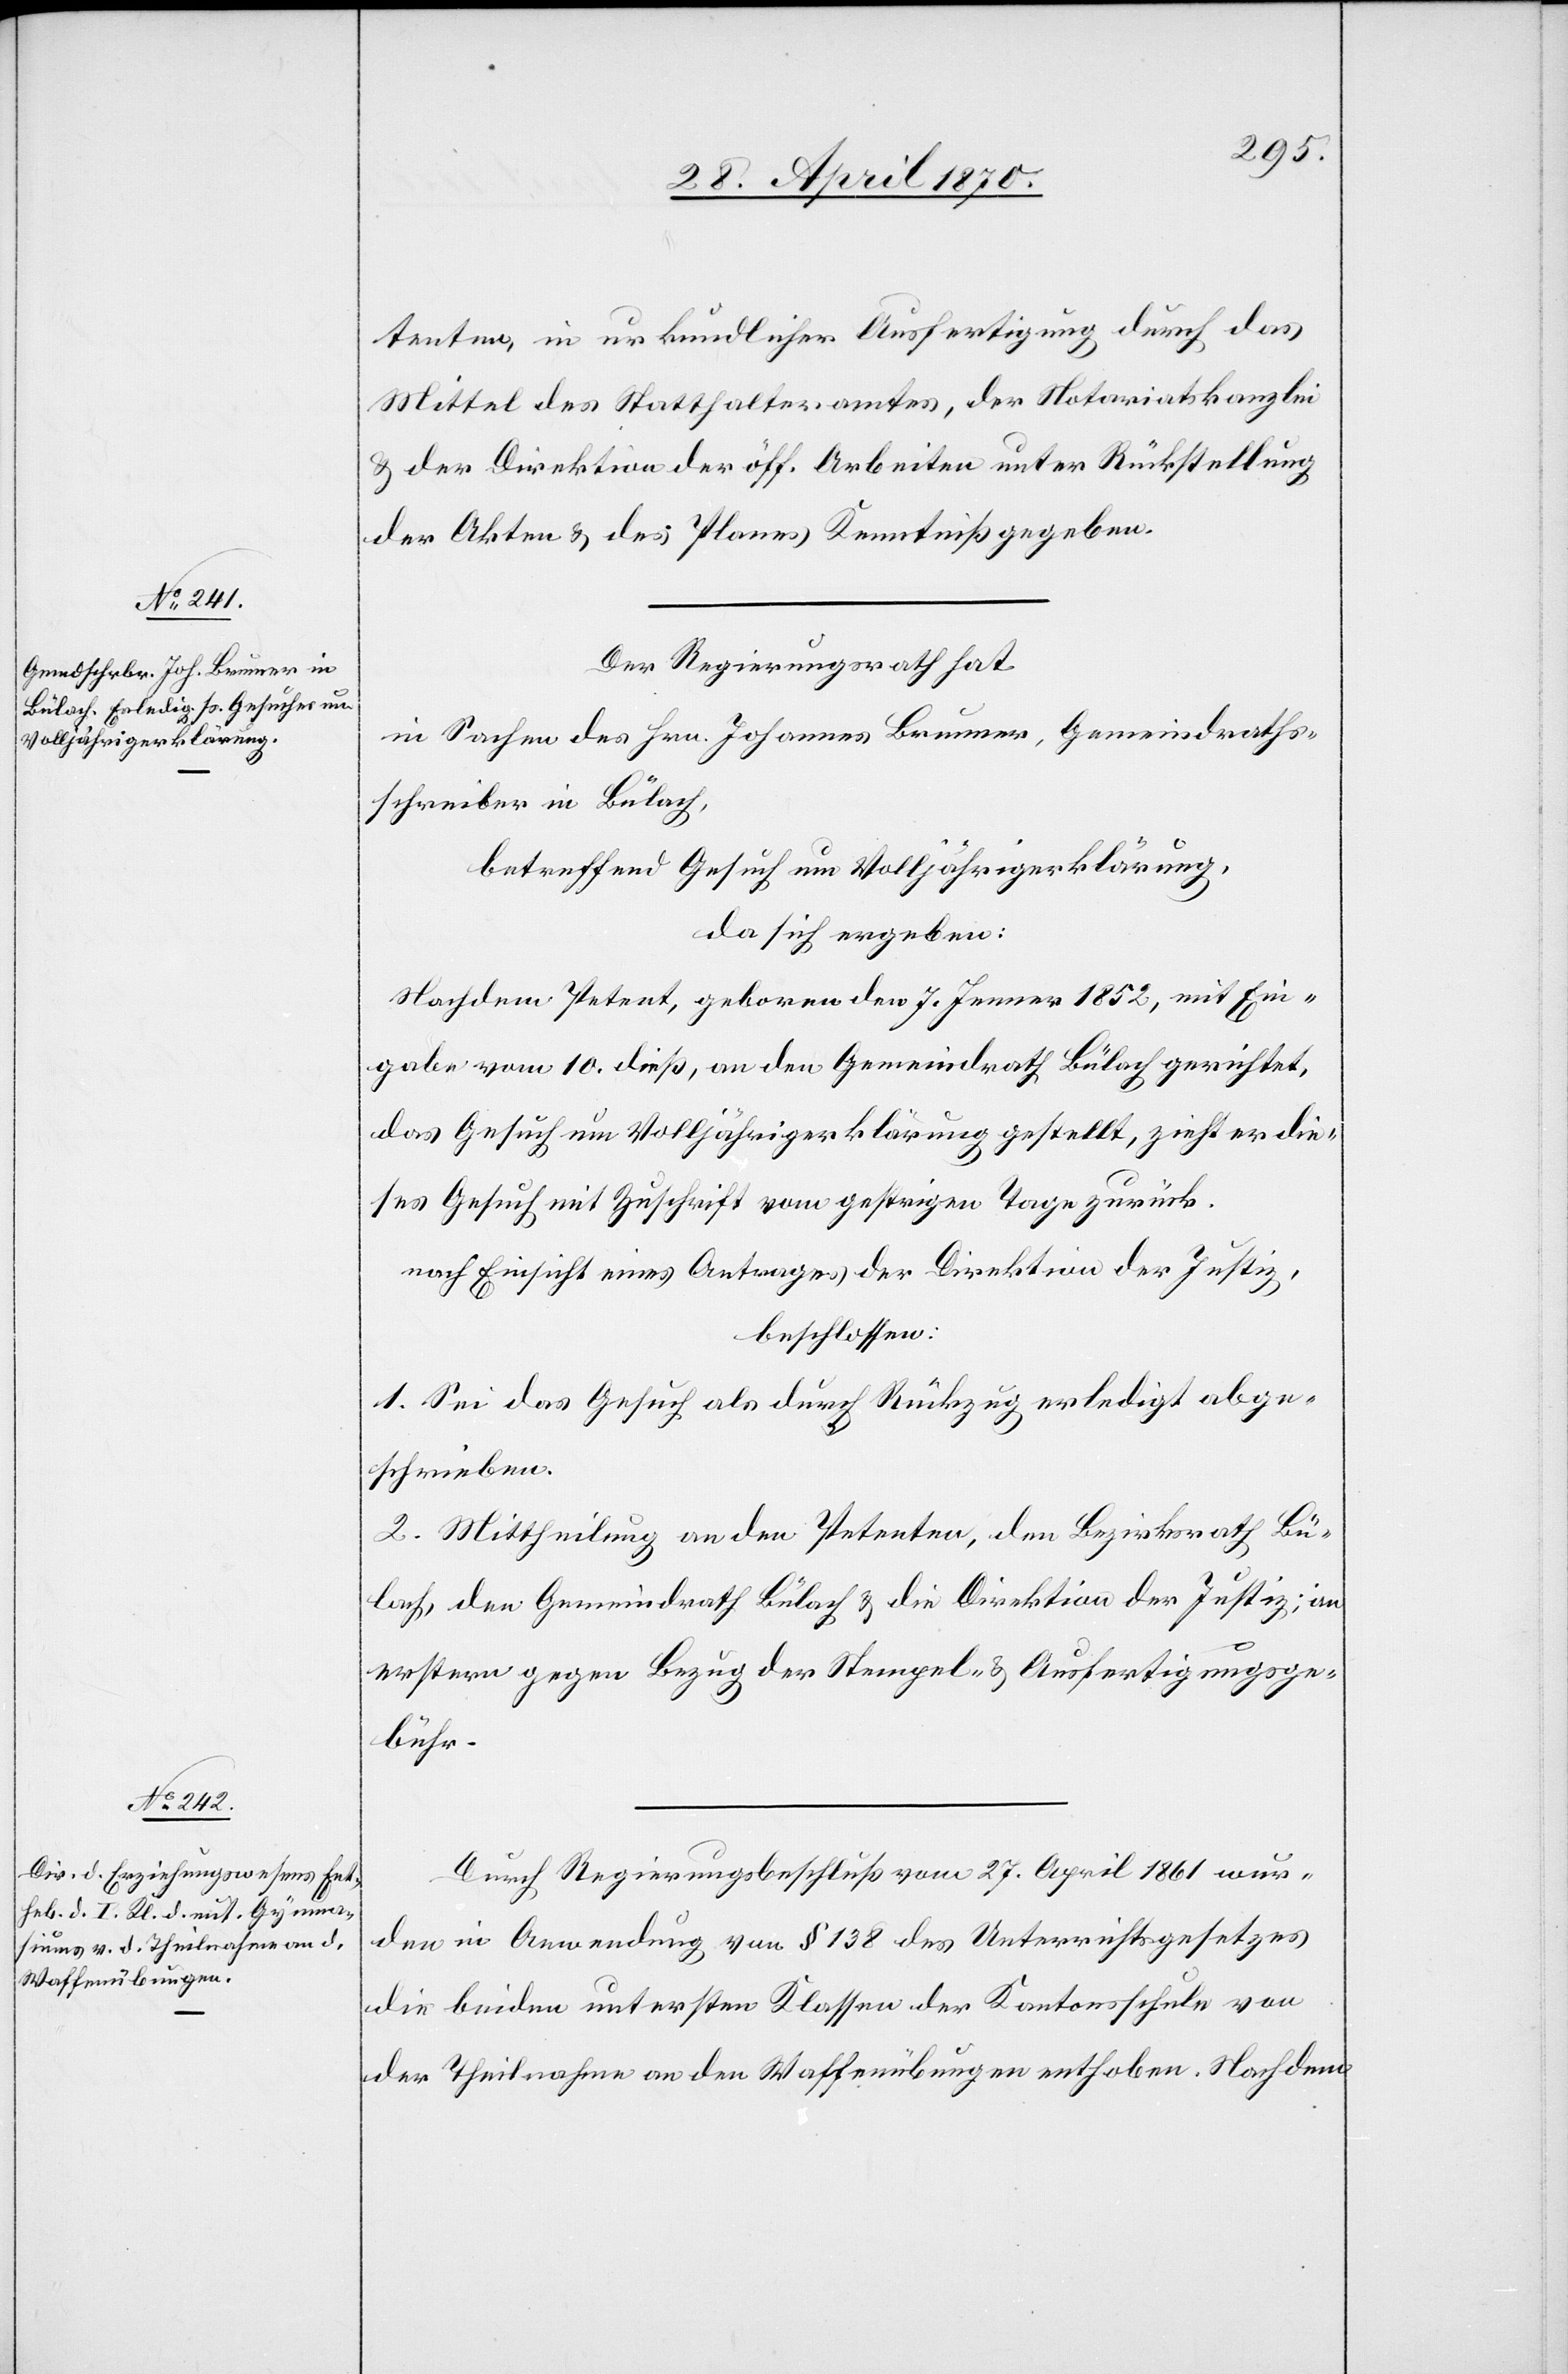
tenten, in urkundlicher Ausfertigung durch das
Mittel des Statthalteramtes, der Notariatskanzlei
& der Direktion der öff. Arbeiten unter Rückstellung
der Akten & des Planes Kenntniß gegeben.
Der Regierungsrath hat
in Sachen des Hrn. Johannes Brunner, Gemeindraths¬
schreiber in Bülach,
betreffend Gesuch um Volljährigerklärung,
da sich ergeben:
Nachdem Petent, geboren den 7. Jenner 1852, mit Ein¬
gabe vom 10. dieß, an den Gemeindrath Bülach gerichtet,
das Gesuch um Volljährigerklärung gestellt, zieht er die¬
ses Gesuch mit Zuschrift vom gestrigen Tage zurück.
nach Einsicht eines Antrages der Direktion der Justiz,
beschlossen:
1. Sei das Gesuch als durch Rückzug erledigt abge¬
schrieben.
2. Mittheilung an den Petenten, den Bezirksrath Bü¬
lach, den Gemeindrath Bülach & die Direktion der Justiz; an
erstern gegen Bezug der Stempel- & Ausfertigungsge¬
bühr.
Durch Regierungsbeschluß vom 27. April 1861 wur¬
den in Anwendung von § 138 des Unterrichtsgesetzes
die beiden untersten Klassen der Kantonsschule von
der Theilnahme an den Waffenübungen enthoben. Nachdem